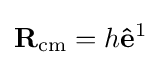
\mathbf {R} _{\rm {cm}}=h\mathbf {\hat {e}} ^{1}